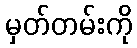
မှတ်တမ်းကို